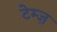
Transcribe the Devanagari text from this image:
टेम्ज़